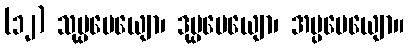
(၁၂) သုပ္ပမေယျော၊ ဒုပ္ပမေယျော၊ အပ္ပမေယျော။